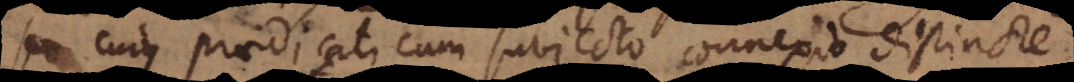
seu cujus praedicati cum subjecto connexio distincte